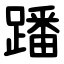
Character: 蹯